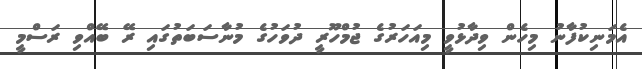
އެމަނިކުފާނު މިހެން ވިދާޅުވީ މިއަހަރުގެ ޖުމްހޫރީ ދުވަހުގެ މުނާސަބަތުގައި ރޭ ބޭއްވި ރަސްމީ